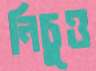
নিচুও